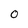
Character: 0